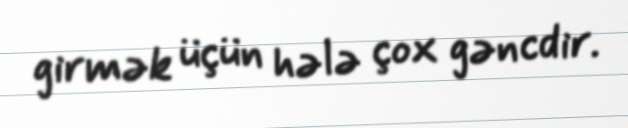
girmək üçün hələ çox gəncdir.